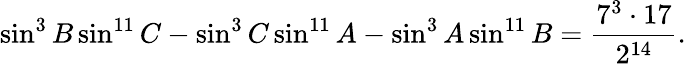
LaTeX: \sin^{3}B\sin^{11}C-\sin^{3}C\sin^{11}A-\sin^{3}A\sin^{11}B={\frac{7^{3}\cdot 17}{2^{14}}}.